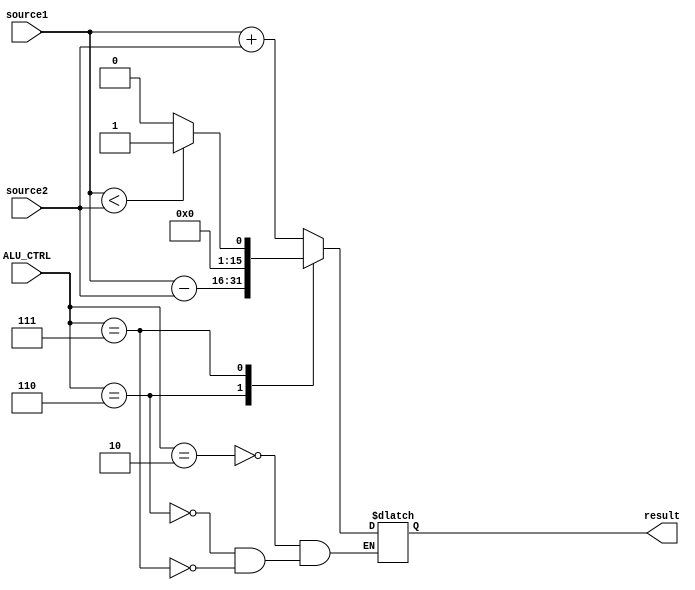
`timescale 1ns / 1ps

module ALU( source1,source2,ALU_CTRL,result);
    input [15:0] source1;
    input [15:0] source2;
    input [3:0] ALU_CTRL;
    output [15:0] result;
	 
	   /* add your design */   
	reg [15:0] result;    //debug[3:0]

	
	

	parameter //opcode
		op_add = 4'b0010,
		op_sub = 4'b0110,
		op_slt = 4'b0111;

	always@(*) begin
		case(ALU_CTRL)
			op_add:
				begin
					result = source1 + source2;
				end
			op_sub:
				begin
					result = source1 - source2;
				end
			op_slt:
				begin
					result = (source1 < source2) ? 1 : 0;
				end
		endcase 
	end
	

endmodule